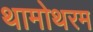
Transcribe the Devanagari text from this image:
थामोथरम